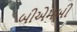
બીએમબી